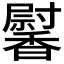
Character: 𩡛